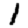
Digit: 1